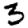
Digit: 3